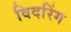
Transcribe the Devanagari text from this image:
विदरिंग